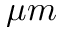
\mu m